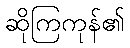
ဆိုကြကုန်၏